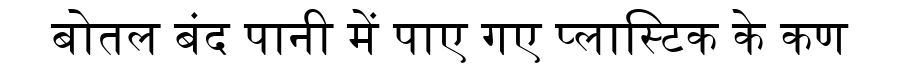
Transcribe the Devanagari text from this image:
बोतल बंद पानी में पाए गए प्लास्टिक के कण